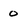
Character: 0